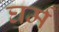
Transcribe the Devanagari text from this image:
घर्म